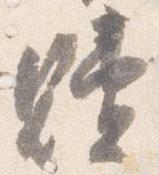
贖